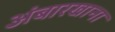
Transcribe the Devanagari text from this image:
अंबारखाना